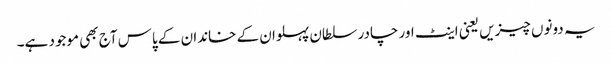
یہ دونوں چیزیں یعنی اینٹ اور چادر سلطان پہلوان کے خاندان کے پاس آج بھی موجود ہے۔